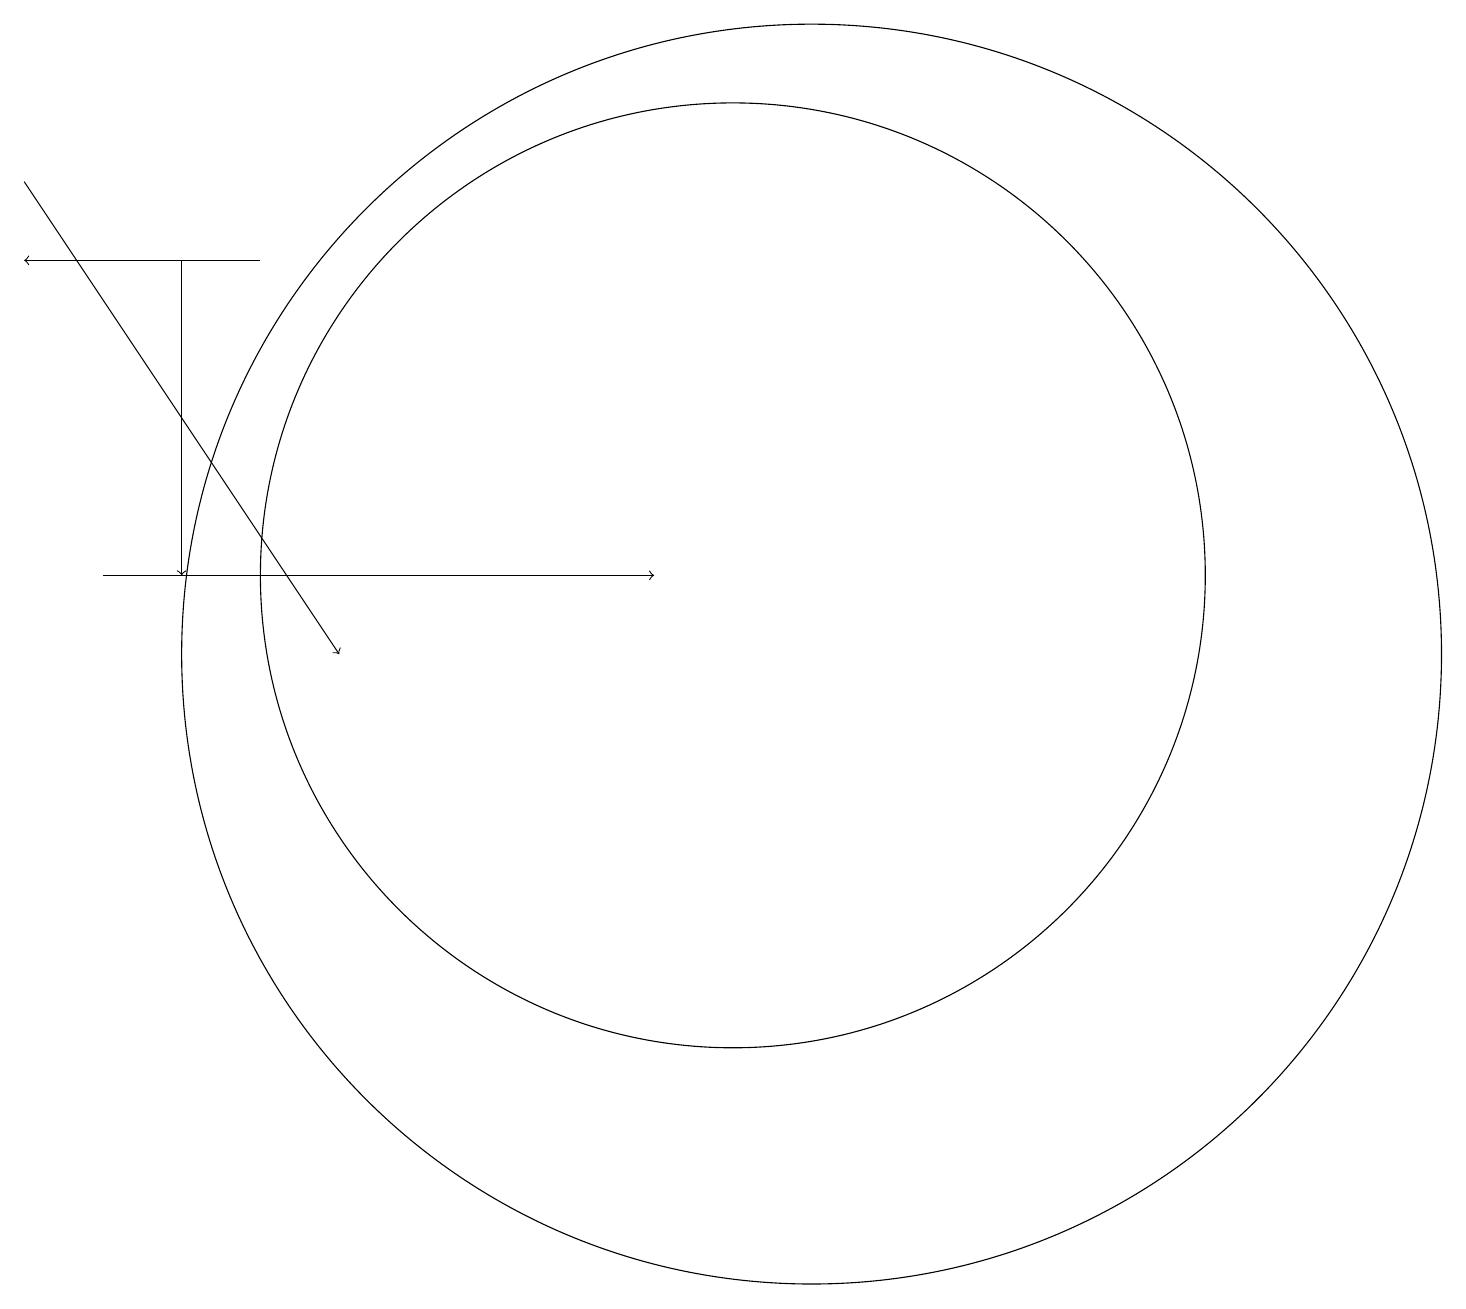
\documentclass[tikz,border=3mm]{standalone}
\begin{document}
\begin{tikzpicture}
\draw[->] (3,15) -- (3,11);
\draw (10,11) circle (6);
\draw[->] (4,15) -- (1,15);
\draw[->] (1,16) -- (5,10);
\draw[->] (2,11) -- (9,11);
\draw (11,10) circle (8);
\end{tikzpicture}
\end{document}